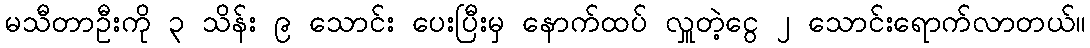
မသီတာဦးကို ၃ သိန်း ၉ သောင်း ပေးပြီးမှ နောက်ထပ် လှူတဲ့ငွေ ၂ သောင်းရောက်လာတယ်။